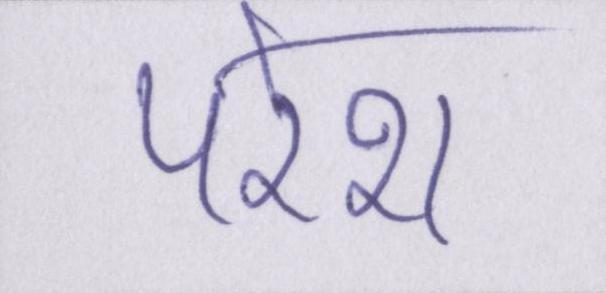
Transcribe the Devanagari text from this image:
परेश